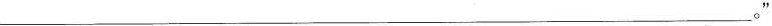
___。”